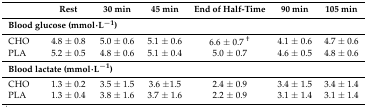
<table><thead><tr><td></td><td><b>Rest</b></td><td><b>30 min</b></td><td><b>45 min</b></td><td><b>End of Half-Time</b></td><td><b>90 min</b></td><td><b>105 min</b></td></tr></thead><tbody><tr><td colspan="7"><b>Blood glucose (mmol∙L<sup>−1</sup>)</b></td></tr><tr><td>CHO</td><td>4.8 ± 0.8</td><td>5.0 ± 0.6</td><td>5.1 ± 0.6</td><td>6.6 ± 0.7 <sup>†</sup></td><td>4.1 ± 0.6</td><td>4.7 ± 0.6</td></tr><tr><td>PLA</td><td>5.2 ± 0.5</td><td>4.8 ± 0.6</td><td>5.1 ± 0.4</td><td>5.0 ± 0.7</td><td>4.6 ± 0.5</td><td>4.8 ± 0.6</td></tr><tr><td colspan="7"><b>Blood lactate (mmol∙L<sup>−1</sup>)</b></td></tr><tr><td>CHO</td><td>1.3 ± 0.2</td><td>3.5 ± 1.5</td><td>3.6 ±1.5</td><td>2.4 ± 0.9</td><td>3.4 ± 1.5</td><td>3.4 ± 1.4</td></tr><tr><td>PLA</td><td>1.3 ± 0.4</td><td>3.8 ± 1.6</td><td>3.7 ± 1.6</td><td>2.2 ± 0.9</td><td>3.1 ± 1.4</td><td>3.1 ± 1.4</td></tr></tbody></table>